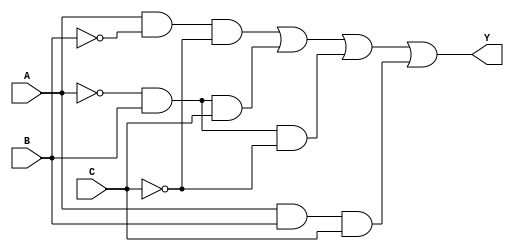
module kmap_3var (
    input wire A,  // Input variable A
    input wire B,  // Input variable B
    input wire C,  // Input variable C
    output wire Y  // Output of the combinational logic
);

// Define the K-map values
// Assuming the K-map has the following minterms as an example:
// Minterms: 1, 2, 5, 6 (for example purposes)
// This corresponds to the following K-map layout:
// A\BC | 00 | 01 | 11 | 10
// -------------------------
//  0   |  0 |  1 |  1 |  0
//  1   |  1 |  0 |  1 |  1

// Simplified Boolean expression derived from the K-map
assign Y = (A & ~B & ~C) | (~A & B & C) | (~A & B & ~C) | (A & B & C);

endmodule